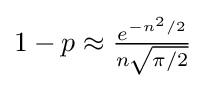
{\textstyle 1-p\approx {\frac {e^{-n^{2}/2}}{n{\sqrt {\pi /2}}}}}